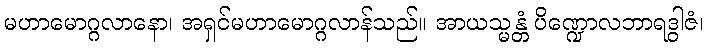
မဟာမောဂ္ဂလာနော၊ အရှင်မဟာမောဂ္ဂလာန်သည်။ အာယသ္မန္တံ ပိဏ္ဍောလဘာရဒွါဇံ၊